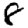
Digit: 8